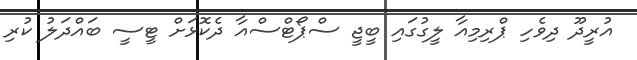
އުރީދޫ ދިވެހި ޕްރިމިއާ ލީގުގައި ބީޖީ ސްޕޯޓްސްއާ ދެކޮޅަށް ޓީސީ ބައްދަލު ކުރި